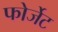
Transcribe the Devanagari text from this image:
फोर्जेट